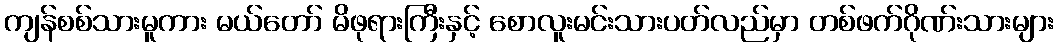
ကျန်စစ်သားမူကား မယ်တော် မိဖုရားကြီးနှင့် စောလူးမင်းသားပတ်လည်မှာ တစ်ဖက်ဂိုဏ်းသားများ